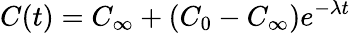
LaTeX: C(t)=C_{\infty}+(C_{0}-C_{\infty})e^{-\lambda t}